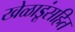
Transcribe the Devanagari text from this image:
खेळाडूंसहित